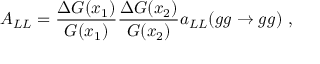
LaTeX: A _ { L L } = { \frac { \Delta G ( x _ { 1 } ) } { G ( x _ { 1 } ) } } { \frac { \Delta G ( x _ { 2 } ) } { G ( x _ { 2 } ) } } a _ { L L } ( g g \to g g ) \ ,